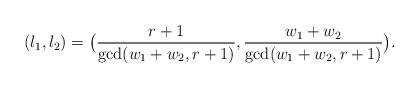
LaTeX: \begin{align*}(l_1,l_2)=\bigl(\frac{r+1}{\gcd(w_1+w_2,r+1)},\frac{w_1+w_2}{\gcd(w_1+w_2,r+1)}\bigr).\end{align*}